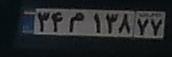
۳۴م۱۳۸۷۷